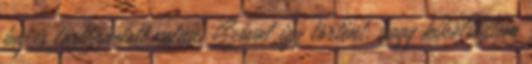
baj is történhetett volna. Szóval így történt, hogy kiköltöztem